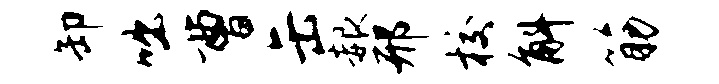
卸咄曹缶赧邢校斛筋